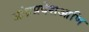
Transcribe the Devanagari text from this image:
आंध्रप्रदेशआणि